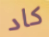
كاد